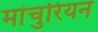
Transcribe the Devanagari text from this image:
मांचुरियन